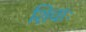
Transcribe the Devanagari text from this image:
शिवाः